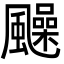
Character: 𩙈